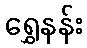
ရွှေနန်း